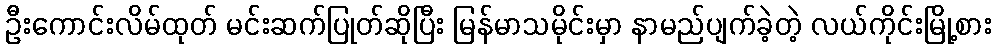
ဦးကောင်းလိမ်ထုတ် မင်းဆက်ပြုတ်ဆိုပြီး မြန်မာသမိုင်းမှာ နာမည်ပျက်ခဲ့တဲ့ လယ်ကိုင်းမြို့စား